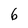
Character: 6